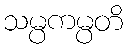
သမ္ပကမ္ပတိ